Civil Veterinary Department. Central Provinces & Berar 1932-41 - 1932-1941
Year: 1932
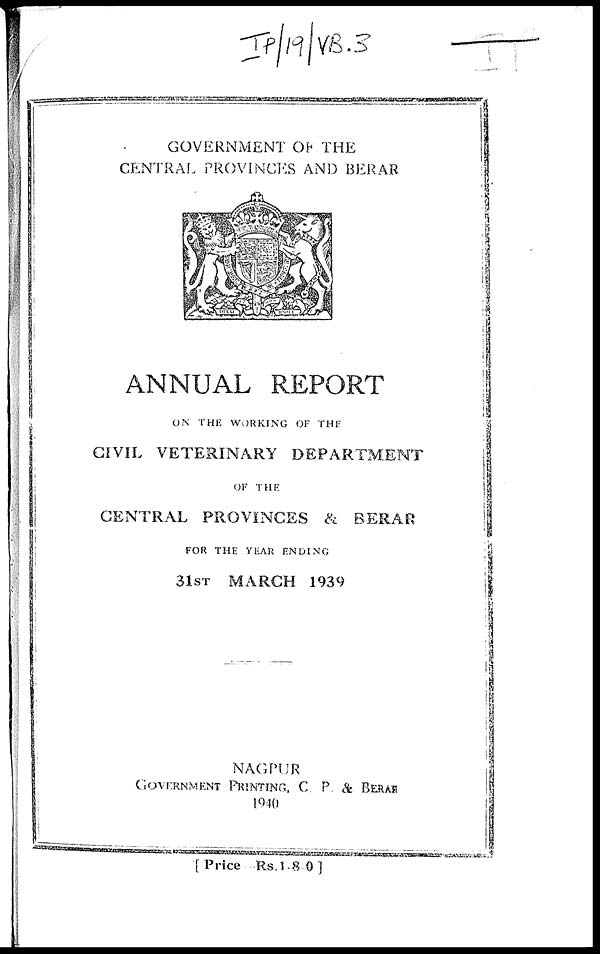
GOVERNMENT OF THE
CENTRAL PROVINCES AND BERAR
ANNUAL REPORT
ON THE WORKING OF THE
CIVIL VETERINARY DEPARTMENT
OF THE
CENTRAL PROVINCES & BERAR
FOR THE YEAR ENDING
31ST MARCH 1939
NAGPUR
GOVERNMENT PRINTING, C. P & BERAR
1940
[ Price—Rs. 1-8-0]